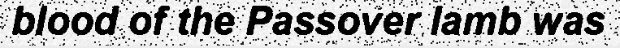
blood of the Passover lamb was